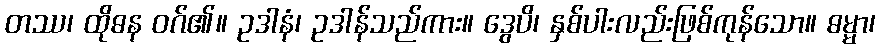
တဿ၊ ထိုဓန ဝဂ်၏။ ဥဒါနံ၊ ဥဒါန်သည်ကား။ ဒွေပိ၊ နှစ်ပါးလည်းဖြစ်ကုန်သော။ ဓမ္မာ၊